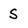
Character: S